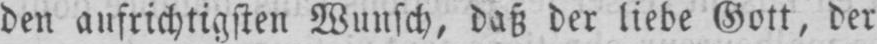
den aufrichtigsten Wunsch, daß der liebe Gott, der